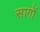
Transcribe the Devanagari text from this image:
सागों